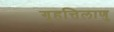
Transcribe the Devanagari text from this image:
गृहत्तिलाणु